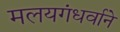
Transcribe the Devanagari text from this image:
मलयगंधर्वाने